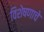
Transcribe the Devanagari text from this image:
विशेषणाचे